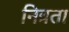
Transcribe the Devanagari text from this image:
नित्रता